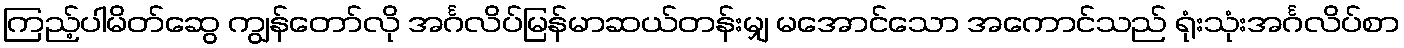
ကြည့်ပါမိတ်ဆွေ ကျွန်တော်လို အင်္ဂလိပ်မြန်မာဆယ်တန်းမျှ မအောင်သော အကောင်သည် ရုံးသုံးအင်္ဂလိပ်စာ